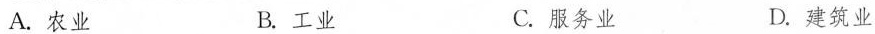
A.农业 B.工业 C.服务业 D.建筑业